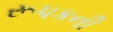
રૂપકની